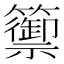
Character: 籞